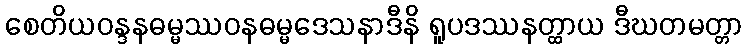
စေတိယဝန္ဒနဓမ္မဿဝနဓမ္မဒေသနာဒီနိ ရူပဒဿနတ္ထာယ ဒီဃတမတ္တာ